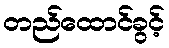
တည်ထောင်ခွင့်